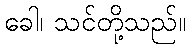
ခေါ၊ သင်တို့သည်။